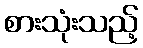
စားသုံးသည့်